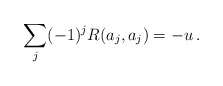
\begin{align*}\sum_j(-1)^j R(a_j,a_j) = -u\, .\end{align*}